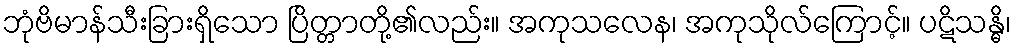
ဘုံဗိမာန်သီးခြားရှိသော ပြိတ္တာတို့၏လည်း။ အကုသလေန၊ အကုသိုလ်ကြောင့်။ ပဋိသန္ဓိ၊